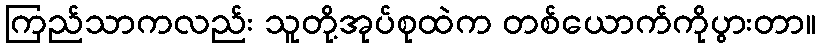
ကြည်သာကလည်း သူတို့အုပ်စုထဲက တစ်ယောက်ကိုပွားတာ။